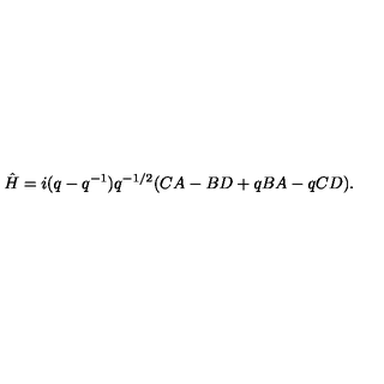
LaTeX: \hat { H } = i ( q - q ^ { - 1 } ) q ^ { - 1 / 2 } ( C A - B D + q B A - q C D ) .